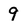
Character: 9